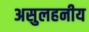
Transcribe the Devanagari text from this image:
असुलहनीय